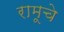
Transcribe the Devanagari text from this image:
रामूचे